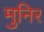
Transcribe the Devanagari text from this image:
मुनिर